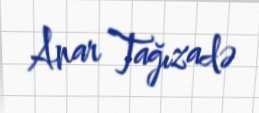
Anar Tağızadə